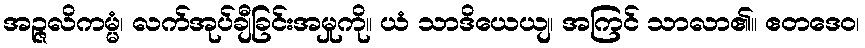
အဉ္ဇလိကမ္မံ၊ လက်အုပ်ချီခြင်းအမှုကို။ ယံ သာဒိယေယျ၊ အကြင် သာလာ၏။ ဧတဒေဝ၊